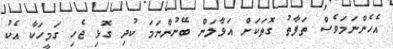
އެހެންނަމަވެސް ތަފާތު ގޮތަކަށް އަޅާލަން ބޭނުންނަމަ ކުދި ގޮޅި ޖެހި ގަމީހަކާ އެކު